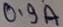
Text: 0.9A